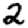
Digit: 2